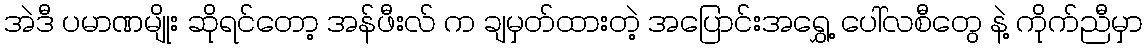
အဲဒီ ပမာဏမျိုး ဆိုရင်တော့ အန်ဖီးလ် က ချမှတ်ထားတဲ့ အပြောင်းအရွှေ့ ပေါ်လစီတွေ နဲ့ ကိုက်ညီမှာ